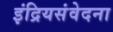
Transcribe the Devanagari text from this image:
इंद्रियसंवेदना